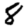
Digit: 8